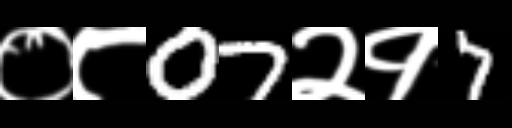
Text: ०८07२१7